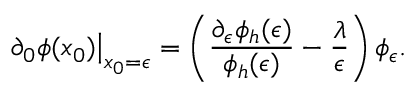
\left. \partial _ { 0 } \phi ( x _ { 0 } ) \right| _ { x _ { 0 } = \epsilon } = \left( { \frac { \partial _ { \epsilon } \phi _ { h } ( \epsilon ) } { \phi _ { h } ( \epsilon ) } } - { \frac { \lambda } { \epsilon } } \right) \phi _ { \epsilon } .